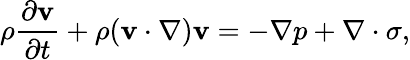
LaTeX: {\rho}{\frac{\partial\mathbf{v}}{\partial t}}+{\rho(\mathbf{v}\cdot\nabla)\mathbf{v}}=-\nabla p+\nabla\cdot\sigma,